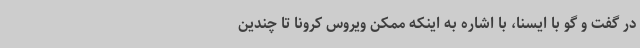
در گفت و گو با ایسنا، با اشاره به اینکه ممکن ویروس کرونا تا چندین